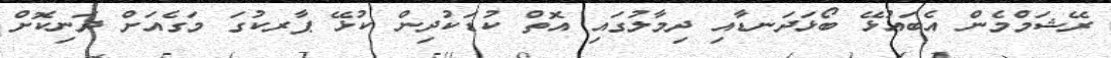
ރޭޝަމްމެން އެބައުޅޭ ބޯޅަދަނޑާއި ދިމާލުގައި އޮތް ކުޑަކުދިން ކުޅޭ ޕާރކުގަ މަގެއަށް ދަނިކޮށް